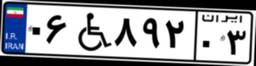
۹۵W۱۱۷۴۲